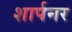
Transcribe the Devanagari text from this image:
शार्पनर